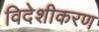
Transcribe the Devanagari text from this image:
विदेशीकरण